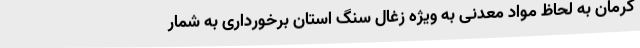
کرمان به لحاظ مواد معدنی به ویژه زغال سنگ استان برخورداری به شمار